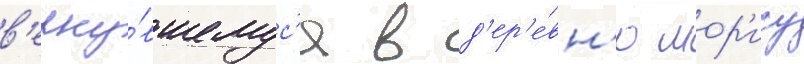
в'ерну́вшемус'я в д'ер'е́вн'ю мор'ису